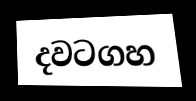
දවටගහ